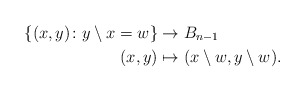
\begin{align*}\{(x, y)\colon y\setminus x = w\} & \rightarrow B_{n-1}\\(x,y) &\mapsto (x\setminus w,y\setminus w). \end{align*}